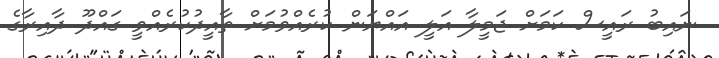
ނައިބު ރައީސް ކަމަށް ޖަމީލާ އަލީ އައްޔަން ކުރެއްވުމަށް ތާއީދުކުރެއްވީ ގައްދޫ ދާއިރާގެ